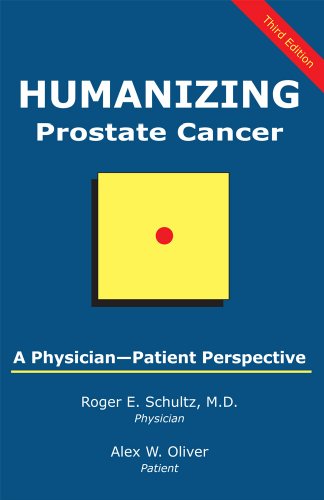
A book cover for Humanizing Prostate Cancer: A Patient-Physician Perspective; Roger E. Schultz; Health, Fitness & Dieting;